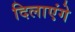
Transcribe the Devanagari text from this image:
दिलाएंगे